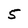
Character: 5